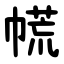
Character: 㡛